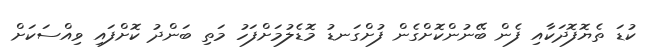
ކުޑަ ތެޔޮފޮދަކާއި ފެން ބޭނުންކޮށްގެން ފުށްގަނޑު މޮޑެލުމަށްފަހު މަތި ބަންދު ކޮށްފައި ވިއްސަކަށް